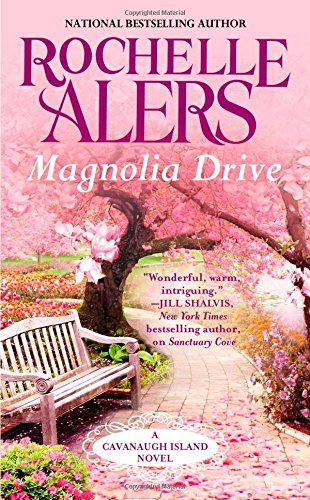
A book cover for Magnolia Drive (A Cavanaugh Island Novel); Rochelle Alers; Romance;